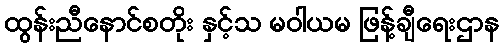
ထွန်းညီနောင်စတိုး နှင့်သ မဝါယမ ဖြန့်ချီရေးဌာန